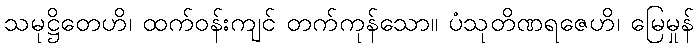
သမုဋ္ဌိတေဟိ၊ ထက်ဝန်းကျင် တက်ကုန်သော။ ပံသုတိဏရဇေဟိ၊ မြေမှုန်